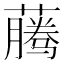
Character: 𰲂